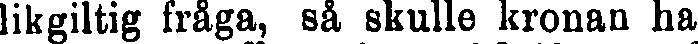
likgiltig fråga, så skulle kronan ha